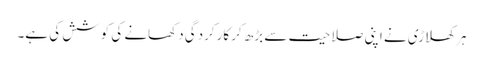
ہر کھلاڑی نے اپنی صلاحیت سے بڑھ کر کارکردگی دکھانے کی کوشش کی ہے۔